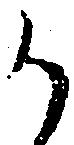
か